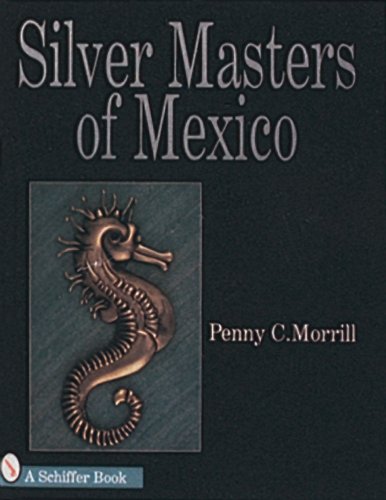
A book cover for Silver Masters of Mexico, Hector Aguilar and the Taller Borda: Hector Aguilar and the Taller Borda; Penny C. Morrill; Crafts, Hobbies & Home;